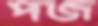
পজ